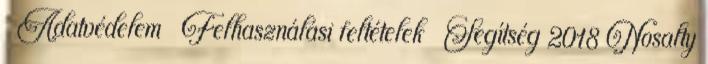
Adatvédelem Felhasználási feltételek Segítség 2018 Nosalty